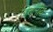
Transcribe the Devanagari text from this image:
त्रिचलीय